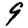
Digit: 9